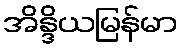
အိန္ဒိယမြန်မာ